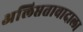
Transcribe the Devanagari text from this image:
अलिप्ततावादाला